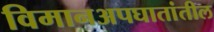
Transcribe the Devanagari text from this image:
विमानअपघातांतील